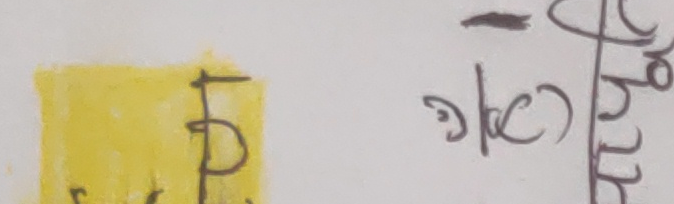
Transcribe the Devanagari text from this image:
ग/८ चात